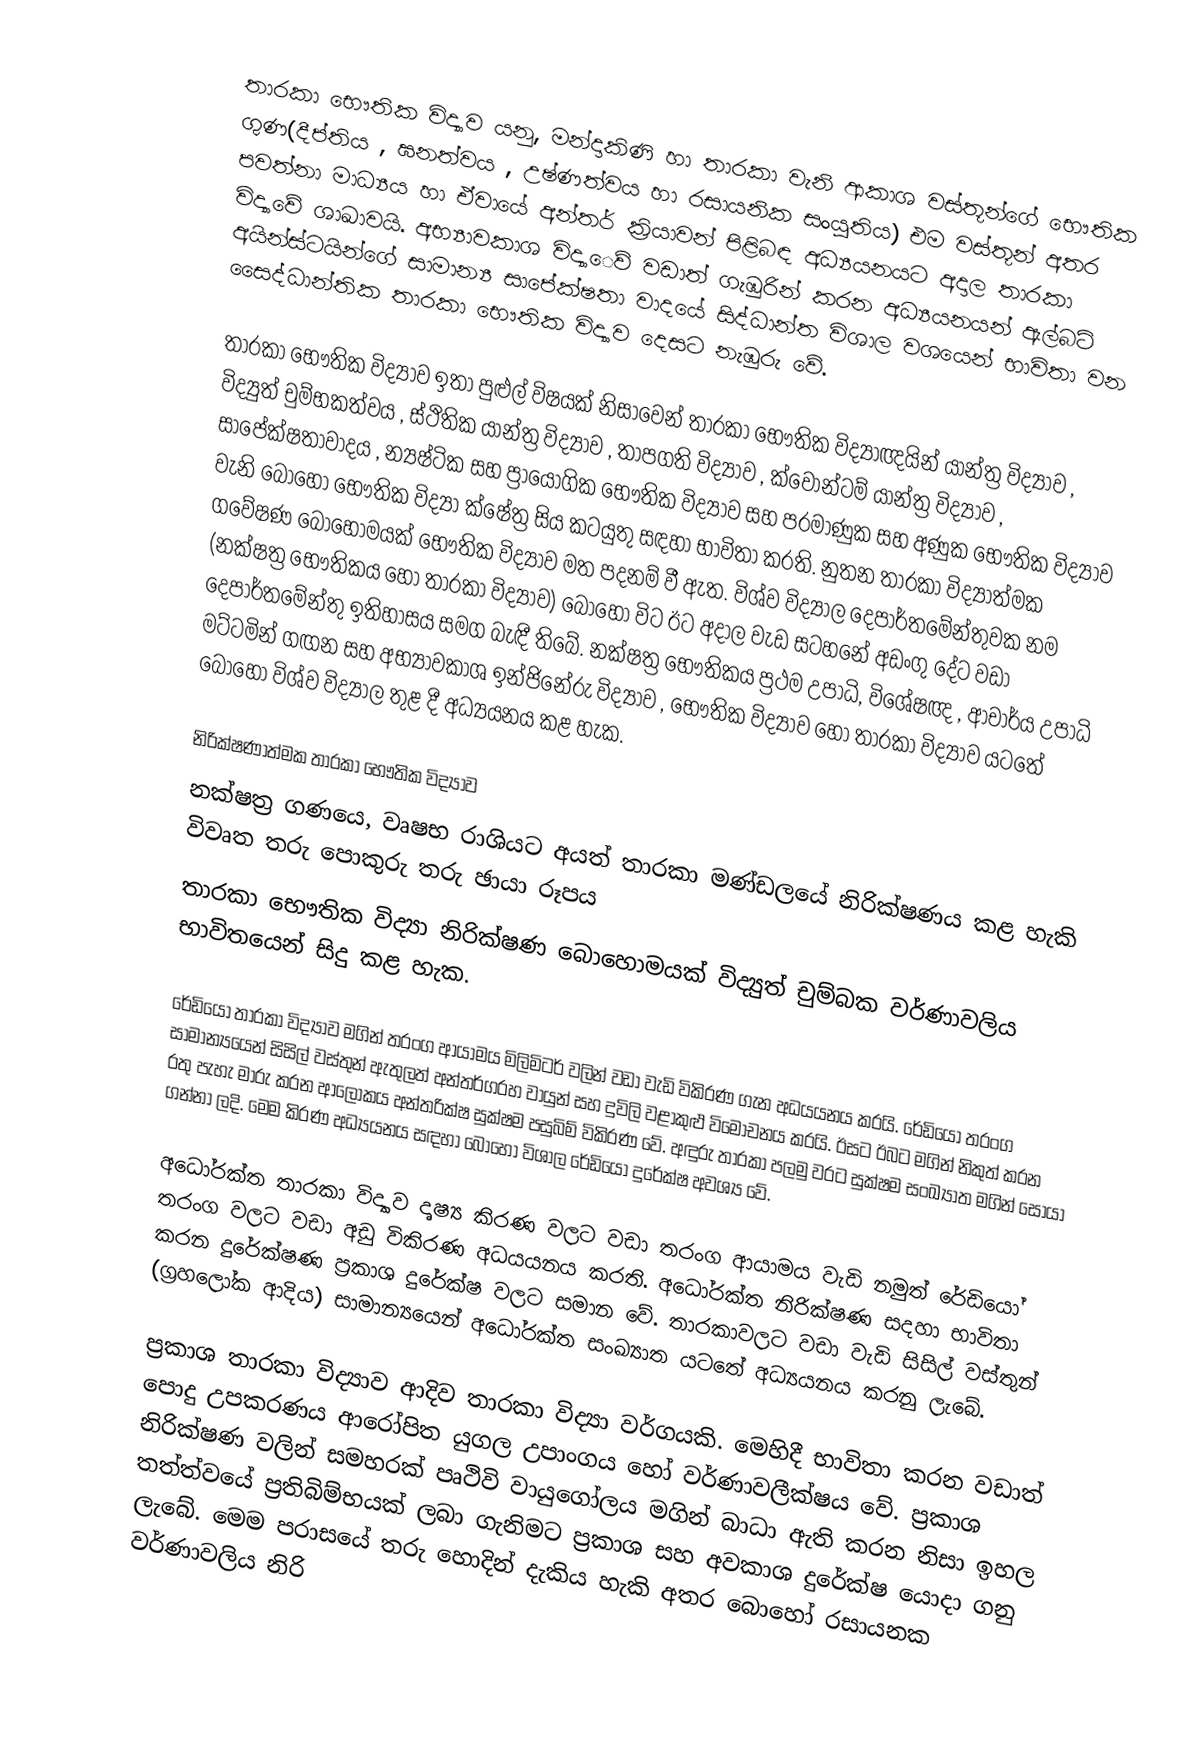
තාරකා භෞතික විද්‍යාව යනු, මන්දාකිණි හා තාරකා වැනි ආකාශ වස්තූන්ගේ භෞතික ගුණ(දීප්තිය , ඝනත්වය , උෂ්ණත්වය හා රසායනික සංයුතිය) එම වස්තූන්  අතර පවත්නා මාධ්‍යය හා ඒවායේ අන්තර් ක්‍රියාවන් පිළිබඳ අධ්‍යයනයට අදාල තාරකා විද්‍යාවේ ශාඛාවයි. අභ්‍යාවකාශ විද්‍යා‍ෙව් වඩාත් ගැඹුරින් කරන අධ්‍යයනයන් ඇල්බට් අයින්ස්ටයින්ගේ සාමාන්‍ය සාපේක්ෂතා වාදයේ සිද්ධාන්ත විශාල වශයෙන් භාවිතා වන සෛද්ධාන්තික තාරකා ‍භෞතික විද්‍යාව දෙසට නැඹුරු වේ.

තාරකා භෞතික විද්‍යාව ඉතා පුළුල් විෂයක් නිසාවෙන් තාරකා භෞතික විද්‍යාඥයින් යාන්ත්‍ර විද්‍යාව , විද්‍යුත් චුම්භකත්වය , ස්ථිතික යාන්ත්‍ර විද්‍යාව , තාපගති විද්‍යාව , ක්වොන්ටම් යාන්ත්‍ර විද්‍යාව , සාපේක්ෂතාවාදය , න්‍යෂ්ටික සහ ප්‍රායෝගික භෞතික විද්‍යාව සහ  පරමාණුක සහ අණුක භෞතික විද්‍යාව වැනි බොහෝ භෞතික විද්‍යා ක්ෂේත්‍ර සිය කටයුතු සඳහා භාවිතා කරති. නුතන තාරකා විද්‍යාත්මක ‍ගවේෂණ බොහොමයක් භෞතික විද්‍යාව මත පදනම් වී ඇත. විශ්ව විද්‍යාල දෙපාර්තමේන්තුවක නම (නක්ෂත්‍ර භෞතිකය හෝ තාරකා විද්‍යාව) බොහෝ විට ඊට අදාල වැඩ සටහනේ අඩංගු දේට වඩා දෙපාර්තමේන්තු ඉතිහාසය සමග බැඳී තිබේ. නක්ෂත්‍ර භෞතිකය ප්‍රථම උපාධි, විශේෂඥ , ආචාර්ය උපාධි මට්ටමින් ගඟන සහ අභ්‍යාවකාශ  ඉන්ජිනේරු විද්‍යාව , භෞතික විද්‍යාව හෝ තාරකා විද්‍යාව යටතේ බොහෝ විශ්ව විද්‍යාල තුළ දී අධ්‍යයනය කළ හැක.

නිරික්ෂණාත්මක තාරකා භෞතික විද්‍යාව
නක්ෂත‍්‍ර ගණයෙ, වෘෂභ රාශියට අයත් තාරකා මණ්ඩලයේ නිරික්ෂණය කළ හැකි විවෘත තරු පොකුරු තරු ඡායා රූපය
තාරකා භෞතික විද්‍යා නිරික්ෂණ බොහොමයක් විද්‍යුත් චුම්බක වර්ණාවලිය භාවිතයෙන් සිදු කළ හැක.

රේඩියෝ තාරකා විද්‍යාව මගින් තරංග ආයාමය මිලිමිටර් වලින් වඩා වැඩි විකිරණ ගැන අධයයනය කරයි. රේඩියෝ තරංග සාමාන්‍යයෙන් සිසිල් වස්තුන් ඇතුලත් අන්තර්ග‍්‍රහ වායුන් සහ දුවිලි වළාකුළු විමෝචනය කරයි. ඊසට ඊබට මගින් නිකුත් කරන රතු පැහැ මාරු කරන ආලෝකය අන්තරික්ෂ සුක්ෂම පසුබිම් විකිරණ වේ. අඳුරු තාරකා පලමු වරට සුක්ෂම සංඛ්‍යාත මගින් සොයා ගන්නා ලදි. මෙම කිරණ අධ්‍යයනය සඳහා බොහෝ විශාල රේඩියෝ දුරේක්ෂ අවශ්‍ය වේ.

අධෝරක්ත තාරකා විද්‍යාව දෘෂ්‍ය කිරණ වලට වඩා තරංග ආයාමය වැඩි නමුත් රේඩියෝ තරංග වලට වඩා අඩු විකිරණ අධයයනය කරති. අධෝරක්ත නිරික්ෂණ සදහා භාවිතා කරන දුරේක්ෂණ ප‍්‍රකාශ දුරේක්ෂ වලට සමාන වේ. තාරකාවලට වඩා වැඩි සිසිල් වස්තුන් (ග‍්‍රහලෝක ආදිය) සාමාන්‍යයෙන් අධෝරක්ත සංඛ්‍යාත යටතේ අධ්‍යයනය කරනු ලැබේ.

ප‍්‍රකාශ තාරකා විද්‍යාව ආදිව තාරකා විද්‍යා වර්ගයකි. මෙහිදී භාවිතා කරන වඩාත් පොදු උපකරණය ආරෝපිත යුගල උපාංගය හෝ වර්ණාවලීක්ෂය වේ. ප‍්‍රකාශ නිරික්ෂණ වලින් සමහරක් පෘථිවි වායුගෝලය මගින් බාධා ඇති කරන නිසා ඉහල තත්ත්වයේ ප‍්‍රතිබිම්භයක් ලබා ගැනිමට ප‍්‍රකාශ සහ අවකාශ දුරේක්ෂ යොදා ගනු ලැබේ. මෙම පරාසයේ තරු හොදින් දැකිය හැකි අතර බොහෝ රසායනක වර්ණාවලිය නිරි